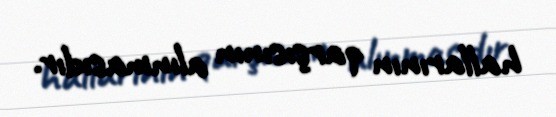
hallarının qarşısının alınmasıdır.